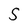
Character: S